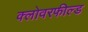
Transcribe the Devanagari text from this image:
क्लोवरफील्ड